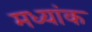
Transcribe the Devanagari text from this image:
मध्यांक